Indian journal of veterinary science and animal husbandry - Volume 1,
Year: 1931
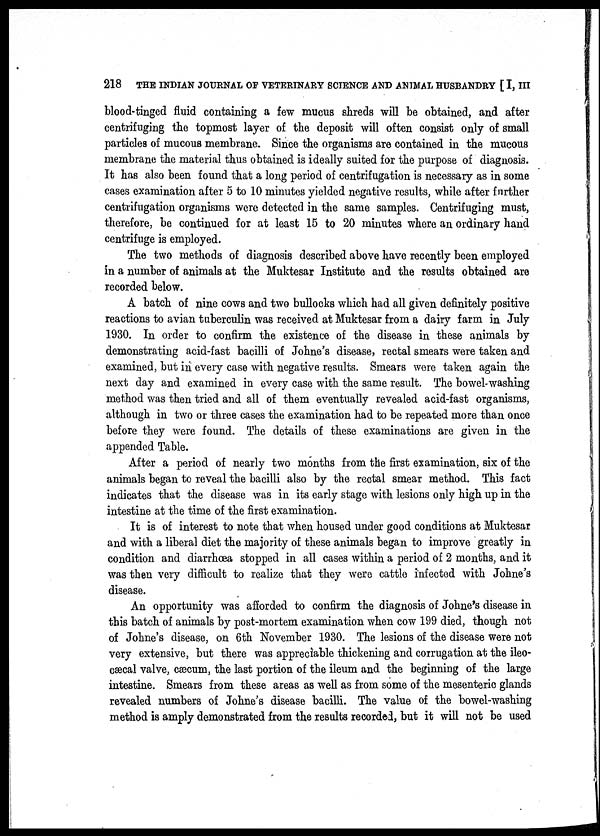
218 THE INDIAN JOURNAL OF VETERINARY SCIENCE AND ANIMAL HUSBANDRY [ I, III
blood-tinged fluid containing a few mucus shreds will be obtained, and after
centrifuging the topmost layer of the deposit will often consist only of small
particles of mucous membrane. Since the organisms are contained in the mucous
membrane the material thus obtained is ideally suited for the purpose of diagnosis.
It has also been found that a long period of centrifugation is necessary as in some
cases examination after 5 to 10 minutes yielded negative results, while after further
centrifugation organisms were detected in the same samples. Centrifuging must,
therefore, be continued for at least 15 to 20 minutes where an ordinary hand
centrifuge is employed.
The two methods of diagnosis described above have recently been employed
in a number of animals at the Muktesar Institute and the results obtained are
recorded below.
A batch of nine cows and two bullocks which had all given definitely positive
reactions to avian tuberculin was received at Muktesar from a dairy farm in July
1930. In order to confirm the existence of the disease in these animals by
demonstrating acid-fast bacilli of Johne's disease, rectal smears were taken and
examined, but in every case with negative results. Smears were taken again the
next day and examined in every case with the same result. The bowel washing
method was then tried and all of them eventually revealed acid-fast organisms,
although in two or three cases the examination had to be repeated more than once
before they were found. The details of these examinations are given in the
appended Table.
After a period of nearly two months from the first examination, six of the
animals began to reveal the bacilli also by the rectal smear method. This fact
indicates that the disease was in its early stage with lesions only high up in the
intestine at the time of the first examination.
It is of interest to note that when housed under good conditions at Muktesar
and with a liberal diet the majority of these animals began to improve greatly in
condition and diarrhœa stopped in all cases within a period of 2 months, and it
was then very difficult to realize that they were cattle infected with Johne's
disease.
An opportunity was afforded to confirm the diagnosis of Johne's disease in
this batch of animals by post-mortem examination when cow 199 died, though not
of Johne's disease, on 6th November 1930. The lesions of the disease were not
very extensive, but there was appreciable thickening and corrugation at the ileo-
cæcal valve, cæcum, the last portion of the ileum and the beginning of the large
intestine. Smears from these areas as well as from some of the mesenteric glands
revealed numbers of Johne's disease bacilli. The value of the bowel-washing
method is amply demonstrated from the results recorded, but it will not be used